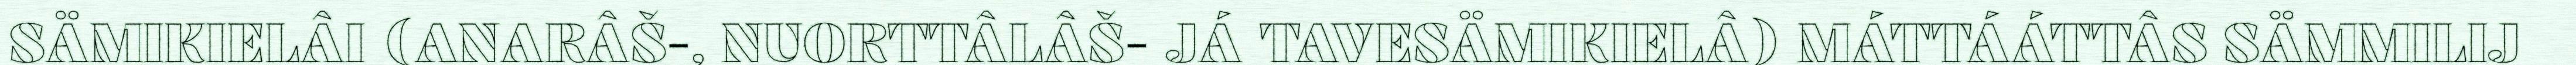
SÄMIKIELÂI (ANARÂŠ-, NUORTTÂLÂŠ- JÁ TAVESÄMIKIELÂ) MÁTTÁÁTTÂS SÄMMILIJ